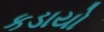
કડાયો